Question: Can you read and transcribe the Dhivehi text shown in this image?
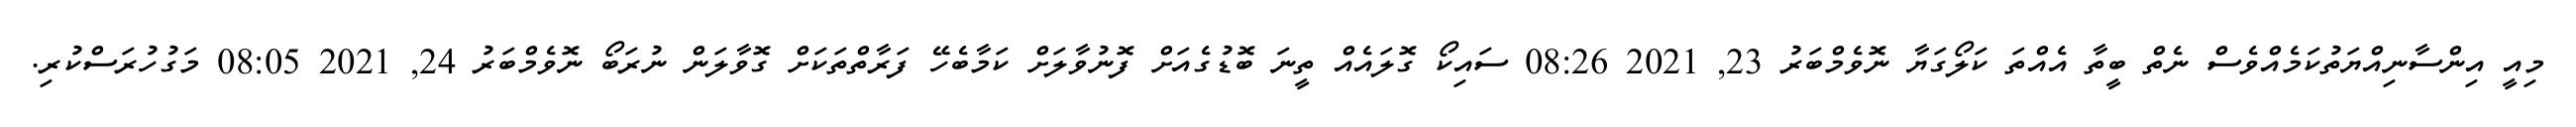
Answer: މިއީ އިންސާނިއްޔަތުކަމެއްވެސް ނެތް ބީތާ އެއްތަ ކަލޯގަޔާ ނޮވެމްބަރު 23, 2021 08:26 ސައިކޯ ގޮލައެއް ތީނަ ބޮޑުގެއަށް ފޮނުވާލަށް ކަމާބެހޭ ފަރާތްތަކަށް ގޮވާލަން ނުރަބޯ ނޮވެމްބަރު 24, 2021 08:05 މަގުހުރަސްކުރި.